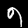
Digit: 9